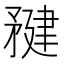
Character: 𥍹